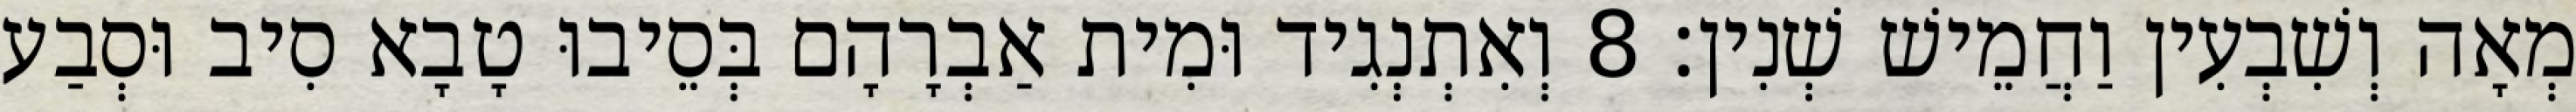
מְאָה וְשִׁבְעִין וַחֲמֵישׁ שְׁנִין׃ 8 וְאִתְנְגִיד וּמִית אַבְרָהָם בְּסֵיבוּ טָבָא סִיב וּסְבַע